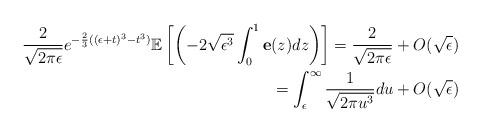
LaTeX: \begin{align*}\frac{2}{\sqrt{2\pi \epsilon}}e^{-\frac{2}{3}((\epsilon+t)^3-t^3)}\mathbb{E}\left[\left(-2\sqrt{\epsilon^3} \int_{0}^1 \textbf{e}(z)dz \right)\right]=\frac{2}{\sqrt{2\pi \epsilon}}+O(\sqrt{\epsilon})\\=\int_{\epsilon}^{\infty}\frac{1}{\sqrt{2\pi u^3}}du+O(\sqrt{\epsilon})\end{align*}